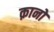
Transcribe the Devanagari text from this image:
क़ानों